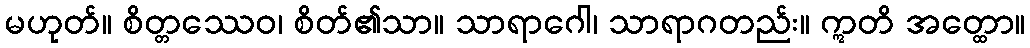
မဟုတ်။ စိတ္တဿေဝ၊ စိတ်၏သာ။ သာရာဂေါ၊ သာရာဂတည်း။ ဣတိ အတ္ထော။